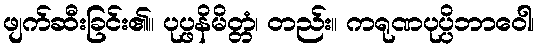
ဖျက်ဆီးခြင်း၏။ ပုပ္ဖနိမိတ္တံ၊ တည်း။ ကရုဏပုပ္ပိဘာဝေါ၊